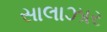
સાલાઝાર